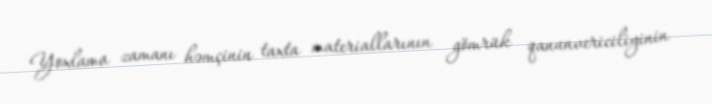
Yoxlama zamanı həmçinin taxta materiallarının gömrük qanunvericiliyinin